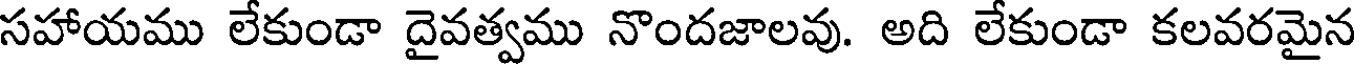
సహాయము లేకుండా దైవత్వము నొందజాలవు. అది లేకుండా కలవరమైన